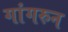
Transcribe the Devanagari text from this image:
गांगरुन